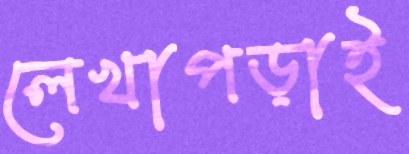
লেখাপড়াই